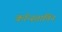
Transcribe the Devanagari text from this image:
कॉन्स्तांतिन